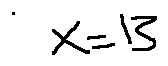
x = 1 3